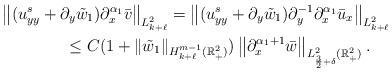
LaTeX: \begin{align*}&\left\|( u^s_{yy}+\partial_y\tilde{w}_1)\partial^{\alpha_1}_x \bar{v}\right\|_{L^2_{k+\ell}}=\left\|( u^s_{yy}+\partial_y\tilde{w}_1)\partial^{-1}_y\partial^{\alpha_1}_x \bar{u}_x\right\|_{L^2_{k+\ell}}\\&\qquad\qquad\le C (1+\| \tilde{w}_1\|_{H^{m-1}_{k+\ell}(\mathbb{R}^2_+)})\left\|\partial^{\alpha_1+1}_x\bar{w}\right\|_{L^2_{\frac 32+\delta}(\mathbb{R}^2_+)}.\end{align*}